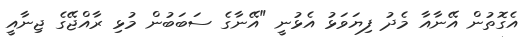
އެގޮތުން އޭނާއާ މެދު ފިޔަވަޅު އެޅުނީ "އޭނާގެ ސަބަބުން މުޅި ރާއްޖޭގެ ޖިނާއީ